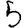
Digit: 5